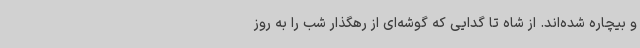
و بیچاره شده‌اند. از شاه تا گدایی که گوشه‌ای از رهگذار شب را به روز